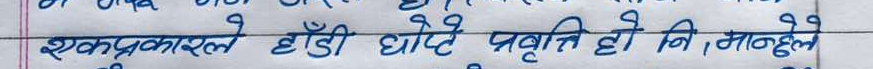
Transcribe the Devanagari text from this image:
एकप्रकारले हाँडी घोप्टे प्रवृत्ति हो। नि, नमान्ने